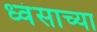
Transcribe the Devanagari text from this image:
ध्वंसाच्या